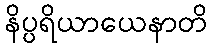
နိပ္ပရိယာယေနာတိ